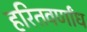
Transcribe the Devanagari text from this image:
हरितवर्णांध